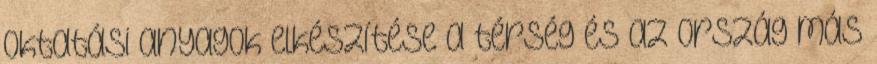
Oktatási anyagok elkészítése a térség és az ország más